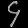
Digit: ၄